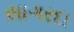
સાગરદા